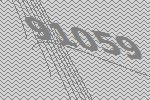
91059